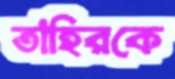
তাহিরকে